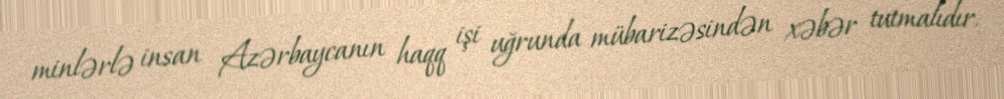
minlərlə insan Azərbaycanın haqq işi uğrunda mübarizəsindən xəbər tutmalıdır.